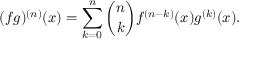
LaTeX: ( f g ) ^ { ( n ) } ( x ) = \sum _ { k = 0 } ^ { n } { \binom { n } { k } } f ^ { ( n - k ) } ( x ) g ^ { ( k ) } ( x ) .